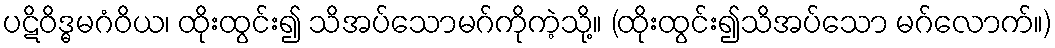
ပဋိဝိဒ္ဓမဂံဝိယ၊ ထိုးထွင်း၍ သိအပ်သောမဂ်ကိုကဲ့သို့။ (ထိုးထွင်း၍သိအပ်သော မဂ်လောက်။)